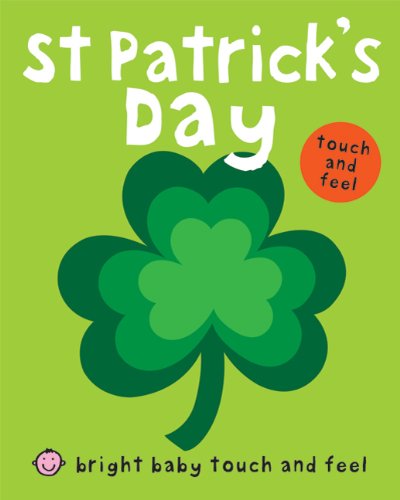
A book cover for St Patrick's Day (Bright Baby Touch and Feel); Roger Priddy; Children's Books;